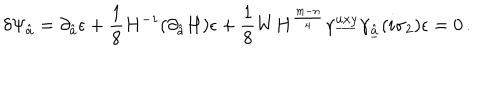
\delta \Psi _ { \hat { a } } = \partial _ { \hat { a } } \epsilon + { \frac { 1 } { 8 } } H ^ { - 1 } ( \partial _ { \hat { a } } H ) \epsilon + { \frac { 1 } { 8 } } W H ^ { { \frac { m - n } { 4 } } } \gamma ^ { \underline { { { u x y } } } } \gamma _ { \underline { { { \hat { a } } } } } ( i \sigma _ { 2 } ) \epsilon = 0 \, .